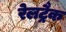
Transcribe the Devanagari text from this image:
रेलट्रैक